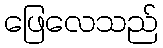
ဖြေလေသည်